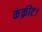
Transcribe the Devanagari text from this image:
कंक्रीट।